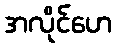
အလိုင်ဟေ